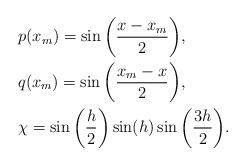
LaTeX: \begin{align*}&p({x_m})=\sin\bigg({\frac{{x-{x_m}}}{2}}\bigg),\\&q({x_m})=\sin\bigg({\frac{{{x_m}-x}}{2}}\bigg),\\&\chi =\sin \bigg({\frac{h}{2}}\bigg)\sin(h)\sin\bigg({\frac{{3h}}{2}}\bigg).\end{align*}